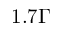
1 . 7 \Gamma